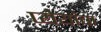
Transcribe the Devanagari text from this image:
प्येयांचा